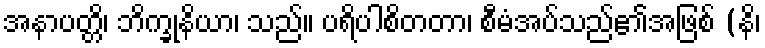
အနာပတ္တိ၊ ဘိက္ခုနိယာ၊ သည်။ ပရိပါစိတတာ၊ စီမံအပ်သည်၏အဖြစ် (နိ၊